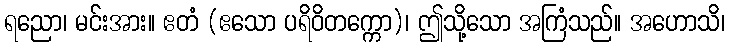
ရညော၊ မင်းအား။ ဧတံ (ဧသော ပရိဝိတက္ကော)၊ ဤသို့သော အကြံသည်။ အဟောသိ၊